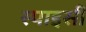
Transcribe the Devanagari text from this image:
स्पाइसी